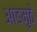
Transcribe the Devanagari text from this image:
आडमुठे